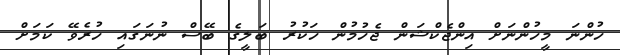
ހުންނަ މީހުންނަށް އިންޖެކްޝަން ޖެހުމުން ހަކުރު ބަލީގެ ބޭސް ނުނަގައި ހުރެވޭ ކަމަށް